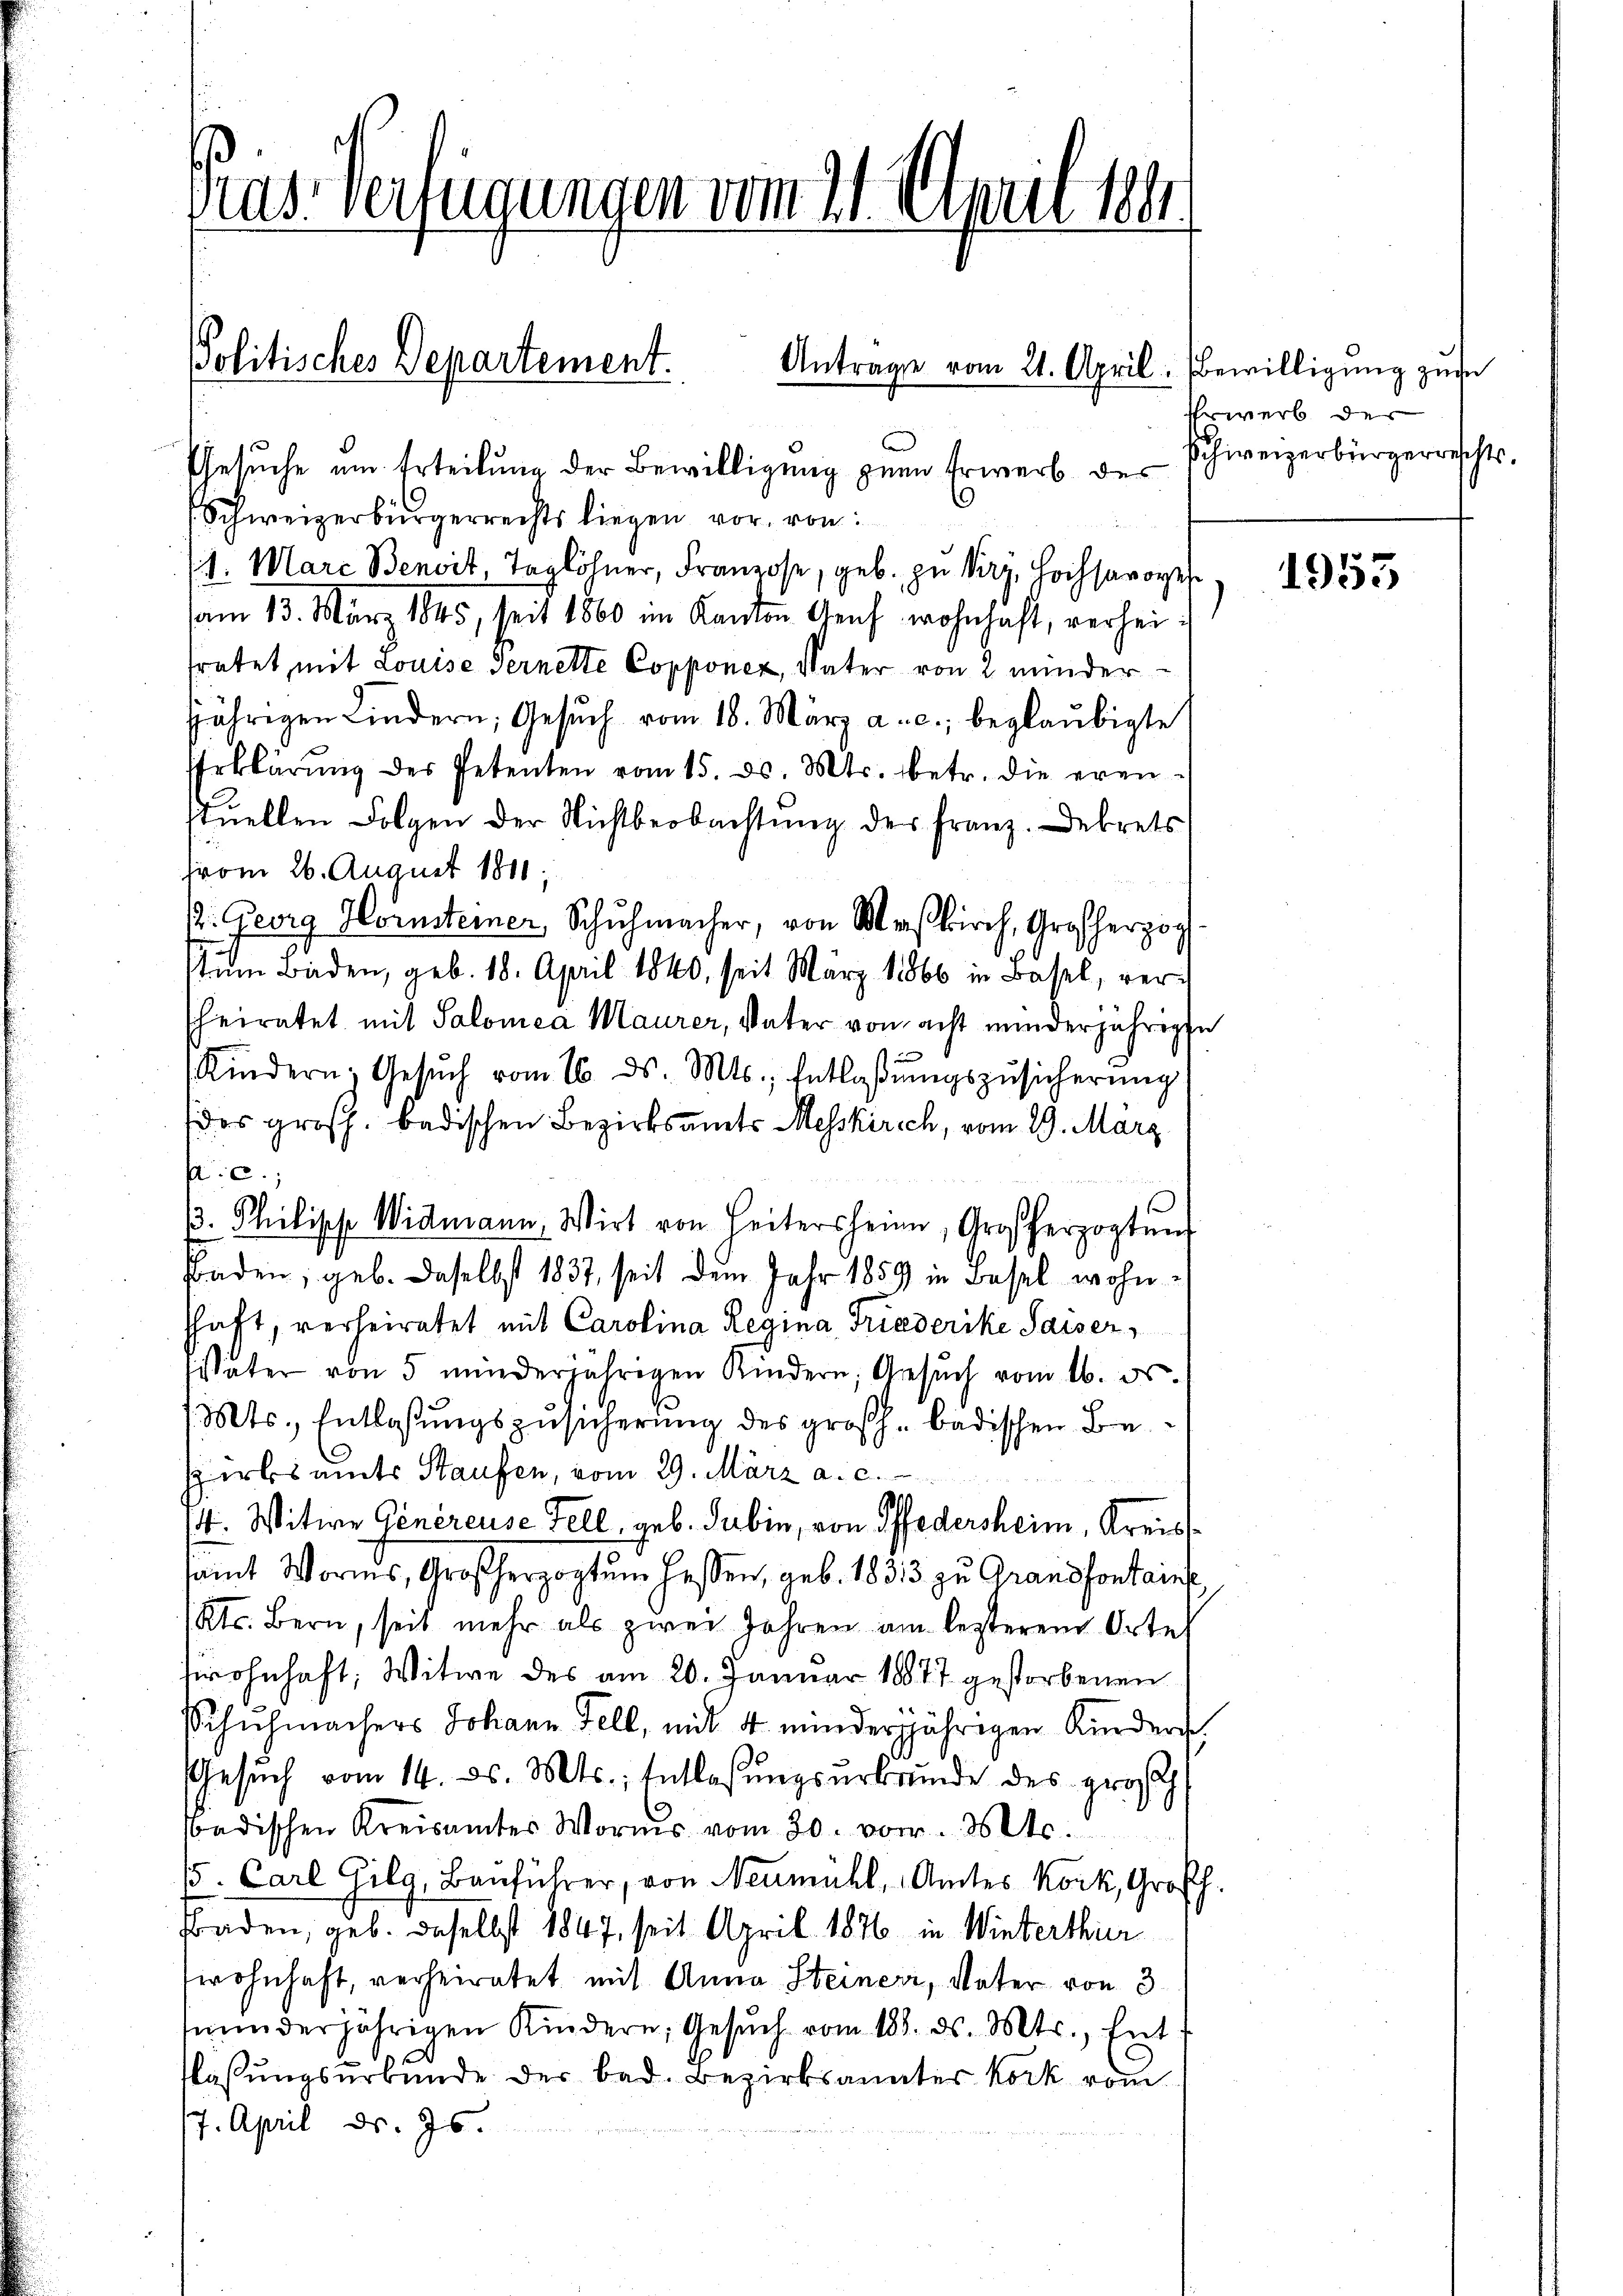
ras Verfügungen vom 21. Apuli 1881.

Politisches Departement.
¬

Gesuche um Erteilung der Bewilligung zum Erwerb des
Schweizerbürgerrechts liegen vor, von
(1. Mare Benoit, Taglöhner, Franzose, geb., zu kurz, Hochsavoye
am 13. März 1845, seit 1860 im Kanton Genf wohnhaft, verheifratet mit Louise Gernette Copponez, Vater von 2 minder
jährigen Lindern, Gesŭch vom 18. März a. c., beglaubigte
Erklärung des Petenten vom 15. d. Mts. betr. die erenstuellen Folgen der Nichtbeobachtŭng der Franz. Dekrets
vom 26. August 1811.
k. Georg Horsteiner Schŭhmacher, von Maskirch, Großherzog
tum Baden, geb. 18. April 1840, seit März 1866 in Basel, verheiratet mit Salomea Maurer, Vater von acht minderjährige
Kindern, Gesŭch vom 16. ds. Mts., Entlaβŭngszŭsicherŭng
des großh. badischen Bezirksamts Messkirch, vom 29. März
C.;
¬
/3. Philische Widmann, Wirt von Heitersheim, Großherzogtung
Baden, geb. Daselbst 1837, seit dem Jahr 1859 in Basel wohnschaft, verheiratet mit Carolina Regina Friederike Saiser,
später von 5 minderjährigen Kindern, Gesŭch vom 16. ds.
(Mts. Entlassungszusicherung des großh. badischen Be¬
Herbsamts Staufen, vom 29. März a. c.
4. Witwe Genereuse Fell, geb. Gubin, von Pffedersheim, Kreissamt Worms, Großherzogtum hassen, geb. 1833 zu Grandfontaine
(Kts. Bern, seit mehr als zwei Jahren am lezterem Orte
srohnhaft; Witwe des am 20. Januar 18877 gestorbenen
Schichmachers Johann Fell, mit 4 minderjährigen Kinders,
Gesŭch vom 14. ds. Mts., Entlassŭngserbrunde des grosch
Badischen Kreisamtes Worms vom 30. vor. Mts.
/5. Carl Gilg, Bauführer, von Neumühl, Amtes Kork, Großh.
Baden, geb. Daselbst 1847, seit April 1876 in Winterthur
wohnhaft, verheiratet mit Anna Steiner, Vater von 3
tminderjährigen Kindern, Gesuch vom 18. ds. Mts., hat
flassungsurkunde der bad. Bezirksanter Kork vom
7. April d. Js

Antrage vom 21. April. Bewilligung zu

Ehrwerb der
schweizerbürgerrechts.

1953